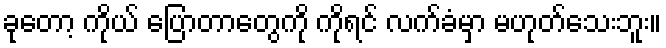
ခုတော့ ကိုယ် ပြောတာတွေကို ကိုရင် လက်ခံမှာ မဟုတ်သေးဘူး။